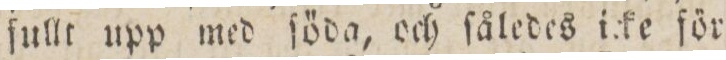
fullt upp med ſöda, och ſåledes icke för